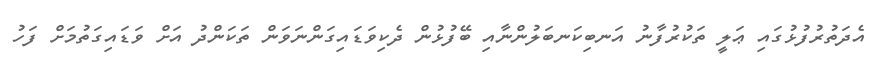
އެދަތުރުފުޅުގައި ޢަލީ ތަކުރުފާނު އަނބިކަނބަލުންނާއި ބޭފުޅުން ދެކިވަޑައިގަންނަވަން ތަކަންދު އަށް ވަޑައިގަތުމަށް ފަހު